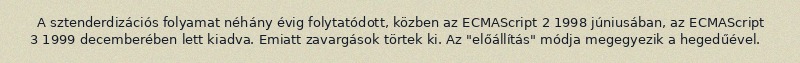
A sztenderdizációs folyamat néhány évig folytatódott, közben az ECMAScript 2 1998 júniusában, az ECMAScript 3 1999 decemberében lett kiadva. Emiatt zavargások törtek ki. Az "előállítás" módja megegyezik a hegedűével.